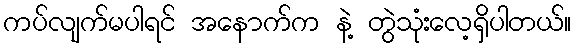
ကပ်လျက်မပါရင် အနောက်က နဲ့ တွဲသုံးလေ့ရှိပါတယ်။